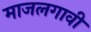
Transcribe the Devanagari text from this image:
माजलगावी